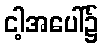
ငါ့အပေါ်၌